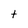
Character: t